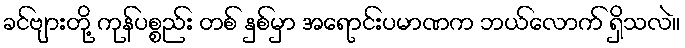
ခင်ဗျားတို့ ကုန်ပစ္စည်း တစ် နှစ်မှာ အရောင်းပမာဏက ဘယ်လောက် ရှိသလဲ။